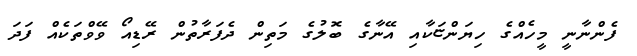
ފެންނާނީ މީހެއްގެ ހިޔަންޏަކާއި އޭނާގެ ބޮލުގެ މަތިން ދެފަރާތުން ރޭޑިއޯ ވޭވްތަކެއް ފަދަ